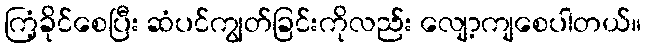
ကြံ့ခိုင်စေပြီး ဆံပင်ကျွတ်ခြင်းကိုလည်း လျော့ကျစေပါတယ်။